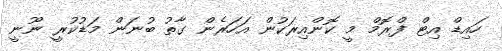
ހައިޑް އިޓް ފްރޮމް މީ ކޮންއިރަކުން އަހަރެން ގާތު ބުނަން މަޑުކުރީ ނޫނީ